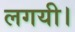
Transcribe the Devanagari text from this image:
लगयी।